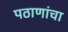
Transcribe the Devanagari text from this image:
पठाणांचा